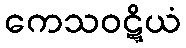
ကေသဝဋ္ဋိယံ